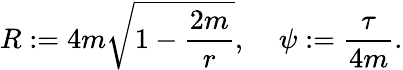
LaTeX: R:=4m\sqrt{1-{\frac{2m}{r}}},\: \: \: \: \: \psi:={\frac{\tau}{4m}}.